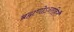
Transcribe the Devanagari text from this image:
ब्रह्मणोऽन्तहिर्तं